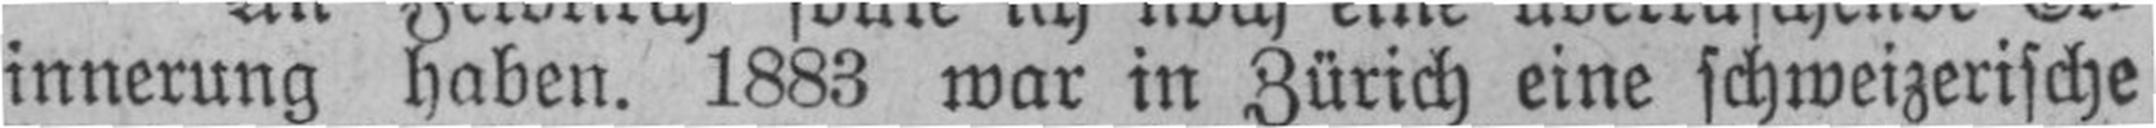
innerung haben. 1883 war in Zürich eine schweizerische